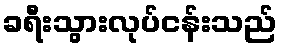
ခရီးသွားလုပ်ငန်းသည်